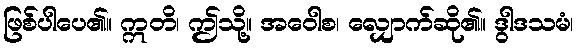
ဖြစ်ပါပေ၏။ ဣတိ၊ ဤသို့။ အဝေါစ၊ လျှောက်ဆို၏။ ဒွါဒသမံ၊